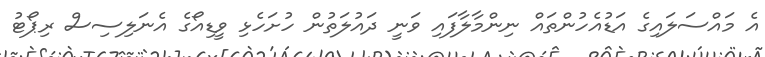
އެ މައްސަލައިގެ އަޑުއެހުންތައް ނިންމާލާފައި ވަނީ ދައުލަތުން ހުށަހެޅި ވީޑިއޯގެ އެނަލިސިސް ރިޕޯޓު